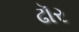
ઢૉર